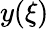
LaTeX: y(\xi)